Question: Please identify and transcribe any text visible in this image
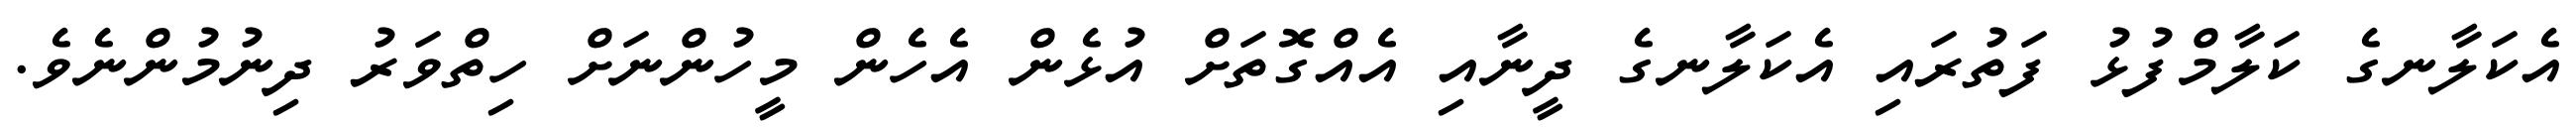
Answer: އެކަލާނގެ ކަލާމްފުޅު ފަތުރައި އެކަލާނގެ ދީނާއި އެއްގޮތަށް އުޅެން އެހެން މީހުންނަށް ހިތްވަރު ދިނުމުންނެވެ.